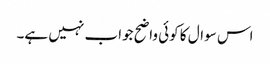
اس سوال کا کوئی واضح جواب نہیں ہے۔